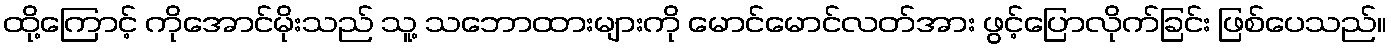
ထို့ကြောင့် ကိုအောင်မိုးသည် သူ့ သဘောထားများကို မောင်မောင်လတ်အား ဖွင့်ပြောလိုက်ခြင်း ဖြစ်ပေသည်။